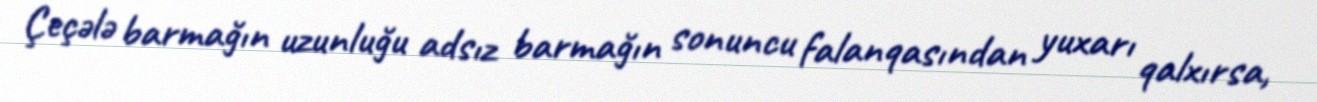
Çeçələ barmağın uzunluğu adsız barmağın sonuncu falanqasından yuxarı qalxırsa,